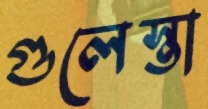
গুলেস্তা